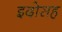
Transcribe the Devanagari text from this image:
इदोसह